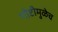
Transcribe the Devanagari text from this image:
गोष्टीमुळेच